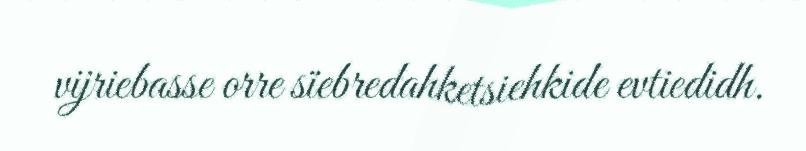
vijriebasse orre sïebredahketsiehkide evtiedidh.